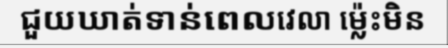
ជួយឃាត់ទាន់ពេលវេលា ម្ល៉េះមិន